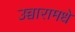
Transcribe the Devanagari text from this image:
उच्चारामधे